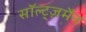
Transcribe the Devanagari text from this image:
सॉल्ट्ज़मैन